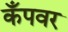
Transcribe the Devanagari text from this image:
कँपवर